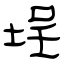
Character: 埕